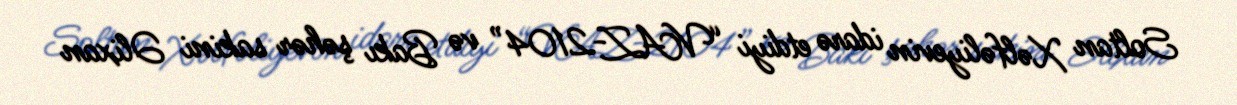
Soltan Xəlfəliyevin idarə etdiyi “VAZ-2104” və Bakı şəhər sakini Əlixan